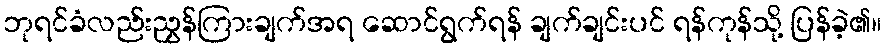
ဘုရင်ခံလည်းညွှန်ကြားချက်အရ ဆောင်ရွက်ရန် ချက်ချင်းပင် ရန်ကုန်သို့ ပြန်ခဲ့၏။